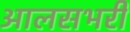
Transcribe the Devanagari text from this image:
आलसभरी